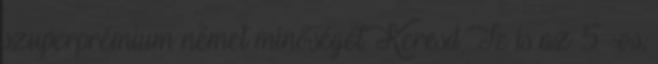
szuperprémium német minőségét. Keresd Te is az 5 -os,